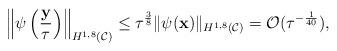
LaTeX: \begin{align*} \left\| \psi\left(\frac{\mathbf y}{\tau}\right)\right\|_{H^{1,8}(\mathcal C)}\leq\tau^{\frac{3}{8}}\|\psi(\mathbf x)\|_{H^{1,8}(\mathcal C)}=\mathcal O(\tau^{-\frac{1}{40}}), \end{align*}